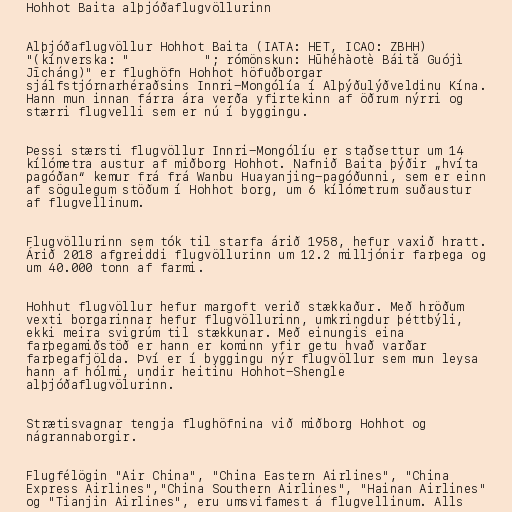
Hohhot Baita alþjóðaflugvöllurinn

Alþjóðaflugvöllur Hohhot Baita (IATA: HET, ICAO: ZBHH)
"(kínverska: "呼和浩特白塔国际机场"; rómönskun: Hūhéhàotè Báitǎ Guójì
Jīcháng)" er flughöfn Hohhot höfuðborgar
sjálfstjórnarhéraðsins Innri-Mongólía í Alþýðulýðveldinu Kína.
Hann mun innan fárra ára verða yfirtekinn af öðrum nýrri og
stærri flugvelli sem er nú í byggingu.

Þessi stærsti flugvöllur Innri-Mongólíu er staðsettur um 14
kílómetra austur af miðborg Hohhot. Nafnið Baita þýðir „hvíta
pagóðan“ kemur frá frá Wanbu Huayanjing-pagóðunni, sem er einn
af sögulegum stöðum í Hohhot borg, um 6 kílómetrum suðaustur
af flugvellinum.

Flugvöllurinn sem tók til starfa árið 1958, hefur vaxið hratt.
Árið 2018 afgreiddi flugvöllurinn um 12.2 milljónir farþega og
um 40.000 tonn af farmi.

Hohhut flugvöllur hefur margoft verið stækkaður. Með hröðum
vexti borgarinnar hefur flugvöllurinn, umkringdur þéttbýli,
ekki meira svigrúm til stækkunar. Með einungis eina
farþegamiðstöð er hann er kominn yfir getu hvað varðar
farþegafjölda. Því er í byggingu nýr flugvöllur sem mun leysa
hann af hólmi, undir heitinu Hohhot-Shengle
alþjóðaflugvölurinn.

Strætisvagnar tengja flughöfnina við miðborg Hohhot og
nágrannaborgir.

Flugfélögin "Air China", "China Eastern Airlines", "China
Express Airlines","China Southern Airlines", "Hainan Airlines"
og "Tianjin Airlines", eru umsvifamest á flugvellinum. Alls